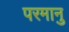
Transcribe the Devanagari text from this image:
परमानु